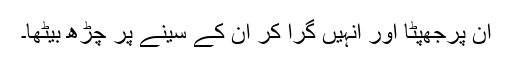
ان پرجھپٹا اور انہیں گرا کر ان کے سینے پر چڑھ بیٹھا۔